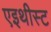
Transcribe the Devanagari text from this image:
एइथीस्ट